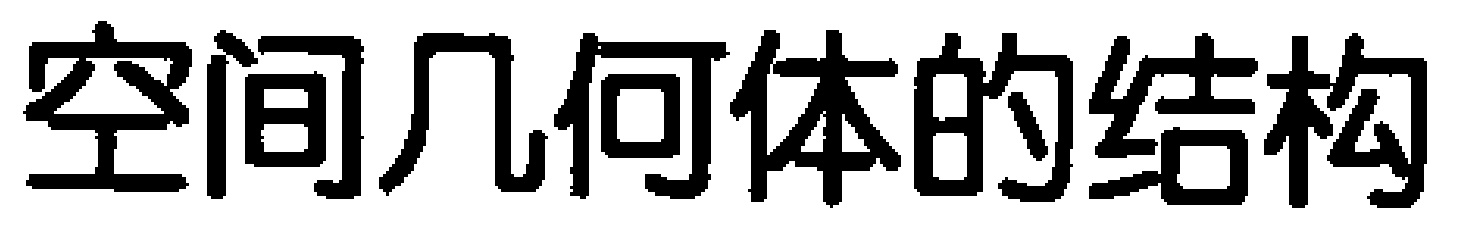
空间几何体的结构